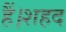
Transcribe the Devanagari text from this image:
हैं।शहद